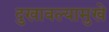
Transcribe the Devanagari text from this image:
दुखावल्यामुखे